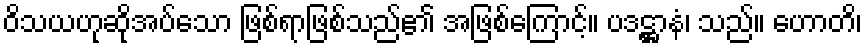
ဝိသယဟုဆိုအပ်သော ဖြစ်ရာဖြစ်သည်၏ အဖြစ်ကြောင့်။ ပဒဋ္ဌာနံ၊ သည်။ ဟောတိ၊